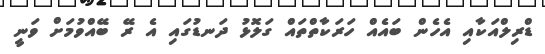
ޑްރިލްއަކާއި އެހެން ބައެއް ހަރަކާތްތައް ގަލޮޅު ދަނޑުގައި އެ ރޭ ބޭއްވުމަށް ވަނީ